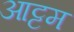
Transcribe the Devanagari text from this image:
आट्टम